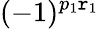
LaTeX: (-1)^{p_{1}\mathtt{r}_{1}}